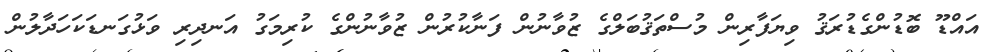
އައްޑޫ ބޮޑުންގެޑުރަޤު ވިޔަފާރިން މުސްތަޤުބަލްގެ ޒުވާނުން ފަނާކުރުން ޒުވާނުންގެ ކުރިމަގު އަނދިރި ވަޅުގަނޑަކަހަދާލުން